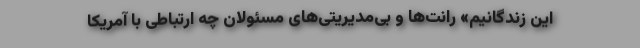
این زندگانیم» رانت‌ها و بی‌مدیریتی‌های مسئولان چه ارتباطی با آمریکا